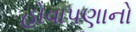
હોવાપણાનો